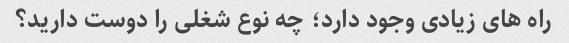
راه های زیادی وجود دارد؛ چه نوع شغلی را دوست دارید؟